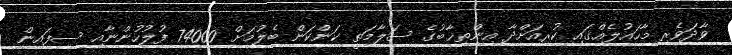
ވާދަވެރި މާހައުލެއްގައި ކުރިއަށްދާ އިންތިޚާބުގެ ސަލާމަތީ ކަންކަން ބެލުމަށް 74000 ފުލުހުންނާއި ސިފައިން